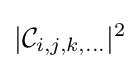
|{\mathcal {C}}_{i,j,k,...}|^{2}